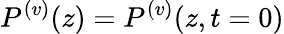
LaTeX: P^{(v)}(z)=P^{(v)}(z,t=0)